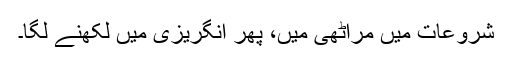
شروعات میں مراٹھی میں، پھر انگریزی میں لکھنے لگا۔